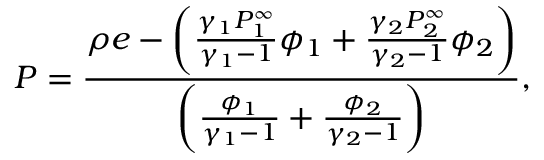
P = \frac { \rho e - \bigg ( \frac { \gamma _ { 1 } P _ { 1 } ^ { \infty } } { \gamma _ { 1 } - 1 } \phi _ { 1 } + \frac { \gamma _ { 2 } P _ { 2 } ^ { \infty } } { \gamma _ { 2 } - 1 } \phi _ { 2 } \bigg ) } { \bigg ( \frac { \phi _ { 1 } } { \gamma _ { 1 } - 1 } + \frac { \phi _ { 2 } } { \gamma _ { 2 } - 1 } \bigg ) } ,